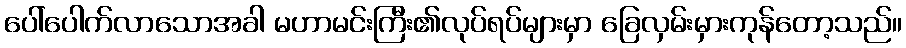
ပေါ်ပေါက်လာသောအခါ မဟာမင်းကြီး၏လုပ်ရပ်များမှာ ခြေလှမ်းမှားကုန်တော့သည်။